Vaccination North-Western Provinces 1866-1877 - 1866-1877
Year: 1866
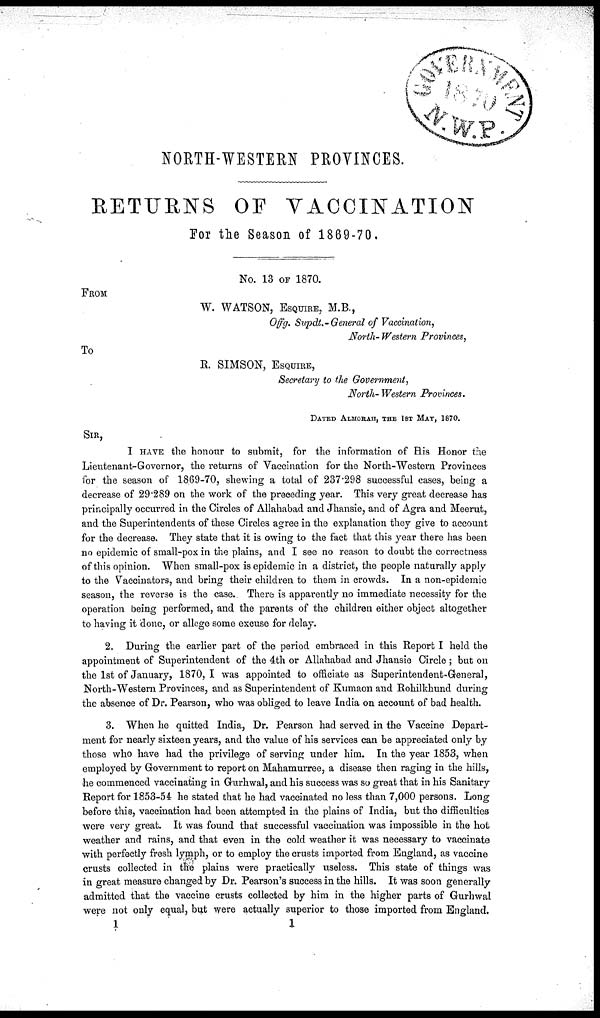
NORTH-WESTERN PROVINCES.
RETURNS
OF VACCINATION
For the Season of 1869-70.
No. 13 of 1870.
FROM
W. WATSON, ESQUIRE, M.B.,
Offg. Supdt.-General of Vaccination,
Worth- Western Provinces,
To
R. SIMSON, ESQUIRE,
Secretary to the Government,
North-Western Provinces.
DATED ALMORAH, THE 1ST MAY, 1870.
SIR,
I have the honour to submit, for the information of His Honor the
Lieutenant-Governor, the returns of Vaccination for the North-Western Provinces
for the season of 1869-70, shewing a total of 237.298 successful cases, being a
decrease of 29.289 on the work of the preceding year. This very great decrease has
principally occurred in the Circles of Allahabad and Jhansie, and of Agra and Meerut,
and the Superintendents of these Circles agree in the explanation they give to account
for the decrease. They state that it is owing to the fact that this year there has been
no epidemic of small-pox in the plains, and I see no reason to doubt the correctness
of this opinion. When small-pox is epidemic in a district, the people naturally apply
to the Vaccinators, and bring their children to them in crowds. In a non-epidemic
season, the reverse is the case. There is apparently no immediate necessity for the
operation being performed, and the parents of the children either object altogether
to having it done, or allege some excuse for delay.
2. During the earlier part of the period embraced in this Report I held the
appointment of Superintendent of the 4th or Allahabad and Jhansie Circle ; but on
the 1st of January, 1870, I was appointed to officiate as Superintendent-General,
North-Western Provinces, and as Superintendent of Kumaon and Rohilkhund during
the absence of Dr. Pearson, who was obliged to leave India on account of bad health.
3. When he quitted India, Dr. Pearson had served in the Vaccine Depart-
ment for nearly sixteen years, and the value of his services can be appreciated only by
those who have had the privilege of serving under him. In the year 1853, when
employed by Government to report on Mahamurree, a disease then raging in the hills,
he commenced vaccinating in Gurhwal, and his success was so great that in his Sanitary
Report for 1853-54 he stated that he had vaccinated no less than 7,000 persons. Long
before this, vaccination had been attempted in the plains of India, but the difficulties
were very great. It was found that successful vaccination was impossible in the hot
weather and rains, and that even in the cold weather it was necessary to vaccinate
with perfectly fresh lymph, or to employ the crusts imported from England, as vaccine
crusts collected in the plains were practically useless. This state of things was
in great measure changed by Dr. Pearson's success in the hills. It was soon generally
admitted that the vaccine crusts collected by him in the higher parts of Gurhwal
were not only equal, but were actually superior to those imported from England.
1
1